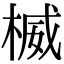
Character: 楲